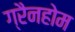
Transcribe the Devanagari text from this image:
ग्रैनहोम